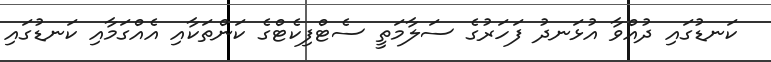
ކަނޑުގައި ދުއްވާ އުޅަނދު ފަހަރުގެ ސަލާމަތީ ސެޓްފިކެޓްގެ ކަންތަކާއި އެއްގަމާއި ކަނޑުގައި